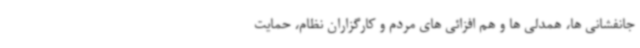
جانفشانی ها، همدلی ها و هم افزائی های مردم و کارگزاران نظام، حمایت